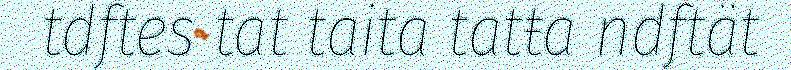
tdftes tat taita tatŧa ndftät